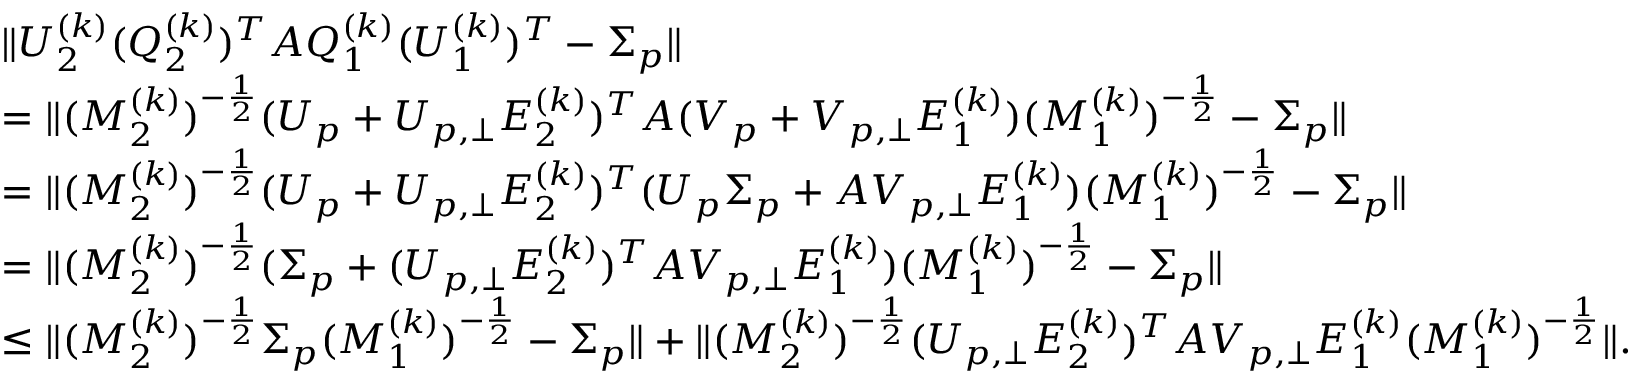
\begin{array} { r l } & { \| U _ { 2 } ^ { ( k ) } ( Q _ { 2 } ^ { ( k ) } ) ^ { T } A Q _ { 1 } ^ { ( k ) } ( U _ { 1 } ^ { ( k ) } ) ^ { T } - \Sigma _ { p } \| } \\ & { = \| ( M _ { 2 } ^ { ( k ) } ) ^ { - \frac { 1 } { 2 } } ( U _ { p } + U _ { p , \perp } E _ { 2 } ^ { ( k ) } ) ^ { T } A ( V _ { p } + V _ { p , \perp } E _ { 1 } ^ { ( k ) } ) ( M _ { 1 } ^ { ( k ) } ) ^ { - \frac { 1 } { 2 } } - \Sigma _ { p } \| } \\ & { = \| ( M _ { 2 } ^ { ( k ) } ) ^ { - \frac { 1 } { 2 } } ( U _ { p } + U _ { p , \perp } E _ { 2 } ^ { ( k ) } ) ^ { T } ( U _ { p } \Sigma _ { p } + A V _ { p , \perp } E _ { 1 } ^ { ( k ) } ) ( M _ { 1 } ^ { ( k ) } ) ^ { - \frac { 1 } { 2 } } - \Sigma _ { p } \| } \\ & { = \| ( M _ { 2 } ^ { ( k ) } ) ^ { - \frac { 1 } { 2 } } ( \Sigma _ { p } + ( U _ { p , \perp } E _ { 2 } ^ { ( k ) } ) ^ { T } A V _ { p , \perp } E _ { 1 } ^ { ( k ) } ) ( M _ { 1 } ^ { ( k ) } ) ^ { - \frac { 1 } { 2 } } - \Sigma _ { p } \| } \\ & { \leq \| ( M _ { 2 } ^ { ( k ) } ) ^ { - \frac { 1 } { 2 } } \Sigma _ { p } ( M _ { 1 } ^ { ( k ) } ) ^ { - \frac { 1 } { 2 } } - \Sigma _ { p } \| + \| ( M _ { 2 } ^ { ( k ) } ) ^ { - \frac { 1 } { 2 } } ( U _ { p , \perp } E _ { 2 } ^ { ( k ) } ) ^ { T } A V _ { p , \perp } E _ { 1 } ^ { ( k ) } ( M _ { 1 } ^ { ( k ) } ) ^ { - \frac { 1 } { 2 } } \| . } \end{array}